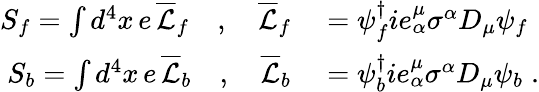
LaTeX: \begin{array}{rl}{S_{f}=\int d^{4}x\, e\, \overline{{\mathcal{L}}}_{f}\quad,\quad\overline{{\mathcal{L}}}_{f}}&{{}=\psi_{f}^{\dagger}ie_{\alpha}^{\mu}\sigma^{\alpha}D_{\mu}\psi_{f}}\\ {S_{b}=\int d^{4}x\, e\, \overline{{\mathcal{L}}}_{b}\quad,\quad\overline{{\mathcal{L}}}_{b}}&{{}=\psi_{b}^{\dagger}ie_{\alpha}^{\mu}\sigma^{\alpha}D_{\mu}\psi_{b}\; .}\end{array}